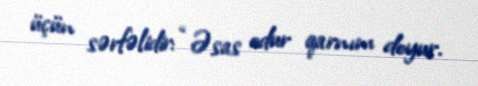
üçün sərfəlidir: “Əsas odur qarnım doyur.